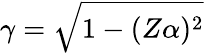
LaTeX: \gamma=\sqrt{1-(Z\alpha)^{2}}